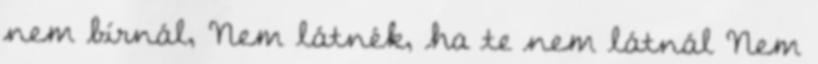
nem bírnál, Nem látnék, ha te nem látnál Nem